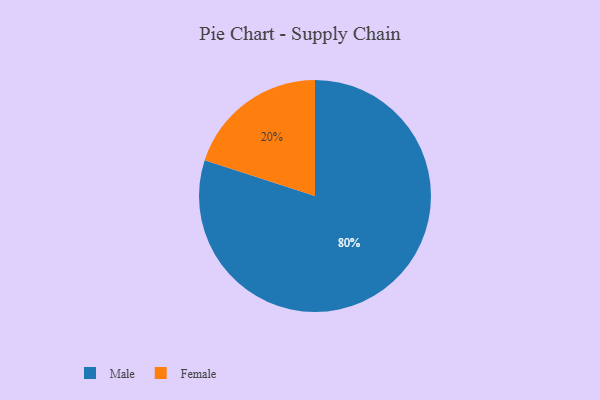
{"axis": {"x": "Category", "y": "Percentage"}, "legend": ["Female", "Male"], "data": [{"x": "Female", "y": 20, "type": "Female"}, {"x": "Male", "y": 80, "type": "Male"}]}